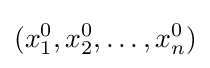
(x_{1}^{0},x_{2}^{0},\dots ,x_{n}^{0})